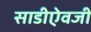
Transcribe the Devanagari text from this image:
साडीऐवजी